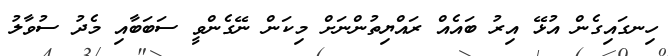
ހިނގައިގެން އުޅޭ އިރު ބައެއް ރައްޔިތުންނަށް މިކަން ނޭގެންވީ ސަބަބާއި މެދު ސުވާލު